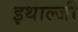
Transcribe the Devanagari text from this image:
इथाल्जी